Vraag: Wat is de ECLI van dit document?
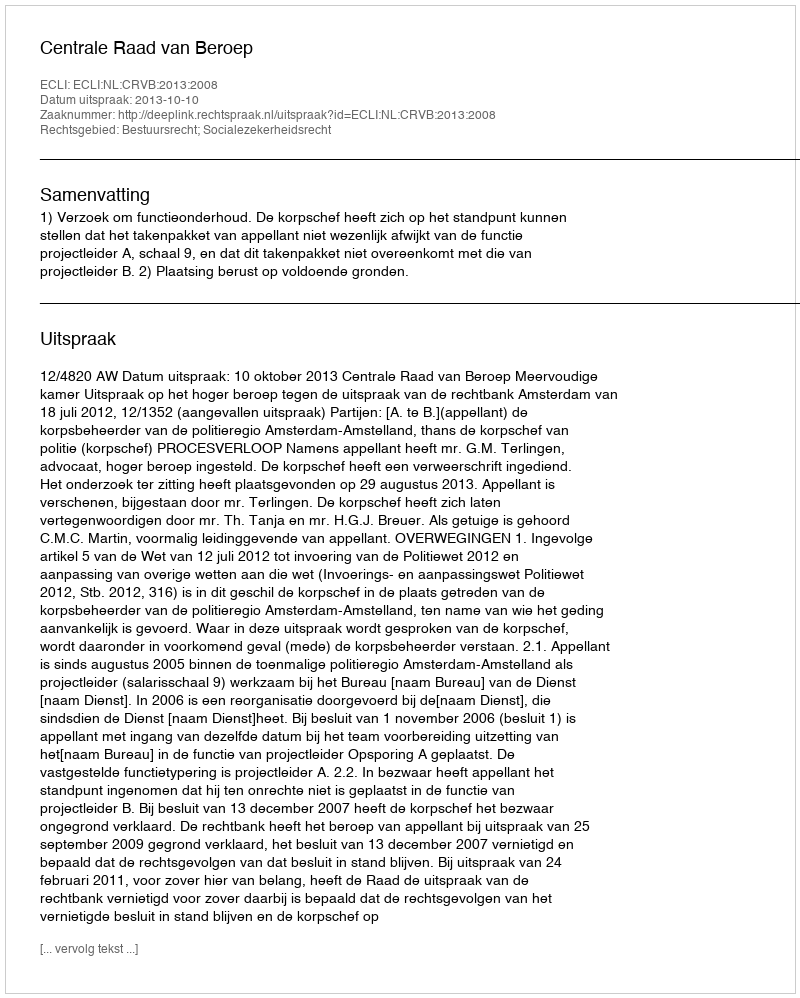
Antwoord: ECLI:NL:CRVB:2013:2008